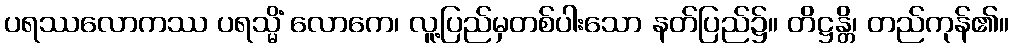
ပရဿလောကဿ ပရသ္မိံ လောကေ၊ လူ့ပြည်မှတစ်ပါးသော နတ်ပြည်၌။ တိဋ္ဌန္တိ၊ တည်ကုန်၏။